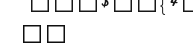
٩٩